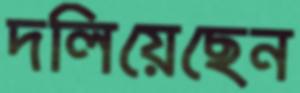
দলিয়েছেন